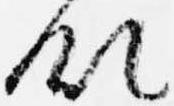
領